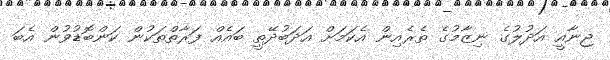
ޖިނާއީ އަދުލުގެ ނިޒާމުގެ ތެރެއިން އެކަމަށް އަދަބުދޭތީ ބައެއް ފަރާތްތަކުން ކަންބޮޑުވުން އެބަ